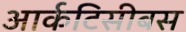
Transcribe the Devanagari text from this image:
आर्कटिसीबस